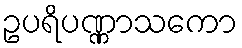
ဥပရိပဏ္ဏာသကော